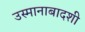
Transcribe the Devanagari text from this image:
उस्मानाबादशी